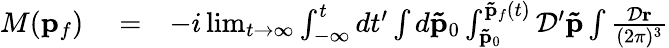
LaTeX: \begin{array}{rlr}{M(\mathbf{p}_{f})}&{{}=}&{-i\operatorname*{lim}_{t\rightarrow\infty}\int_{-\infty}^{t}dt^{\prime}\int d\mathbf{\tilde{p}}_{0}\int_{\mathbf{\tilde{p}}_{0}}^{\mathbf{\tilde{p}}_{f}(t)}\mathcal{D}^{\prime}\mathbf{\tilde{p}}\int\frac{\mathcal{D}\mathbf{r}}{(2\pi)^{3}}}\end{array}